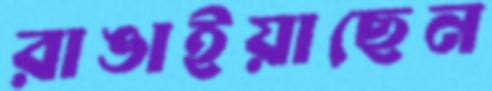
রাঙাইয়াছেন